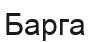
Барга